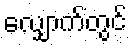
လျှောက်တွင်